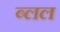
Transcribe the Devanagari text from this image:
ब्लल